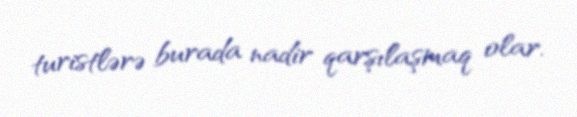
turistlərə burada nadir qarşılaşmaq olar.